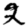
Digit: 2